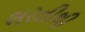
ભરતીથી